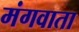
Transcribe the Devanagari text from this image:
मंगवाता